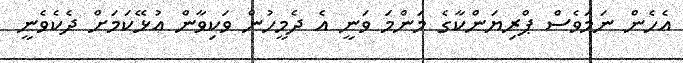
އެހެން ނަމަވެސް ޕްރިޔަންކާގެ މަންމަ ވަނީ އެ ދެމީހުން ވަކިވާން އުޅޭކަމަށް ދެކެވެނީ